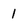
Character: 1